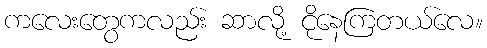
ကလေးတွေကလည်း ဆာလို့ ငိုနေကြတယ်လေ။